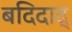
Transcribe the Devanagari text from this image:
बदिदाद्